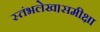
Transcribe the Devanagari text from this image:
स्तंभलेख।समीक्षा